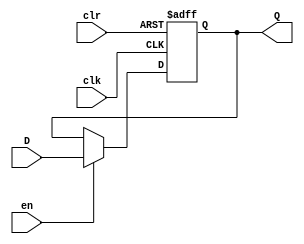
module Register16Bit(
	input [15:0] D,
	input clk,
	input en,
	input clr,
	output reg [15:0] Q
);
	
	initial begin
		Q <= 16'h0000;
	end
	
	always @(posedge clk or posedge clr)
	begin
		if(clr) begin
			Q <= 16'h0000;
		end
		else begin
			Q <= en ? D: Q;
		end
	end

endmodule